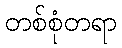
တစ်စုံတရာ